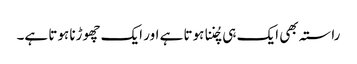
راستہ بھی ایک ہی چُننا ہوتا ہے اور ایک چھوڑنا ہوتا ہے۔